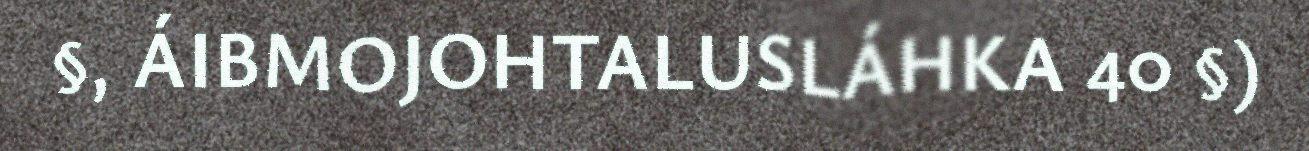
§, ÁIBMOJOHTALUSLÁHKA 40 §)